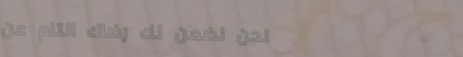
نحن نضمن لك رضاك التام عن